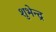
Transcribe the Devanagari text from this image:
शुभेन्द्र